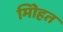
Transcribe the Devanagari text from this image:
मोिहत